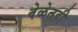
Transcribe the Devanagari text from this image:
वेळेतही